Elephants and their diseases
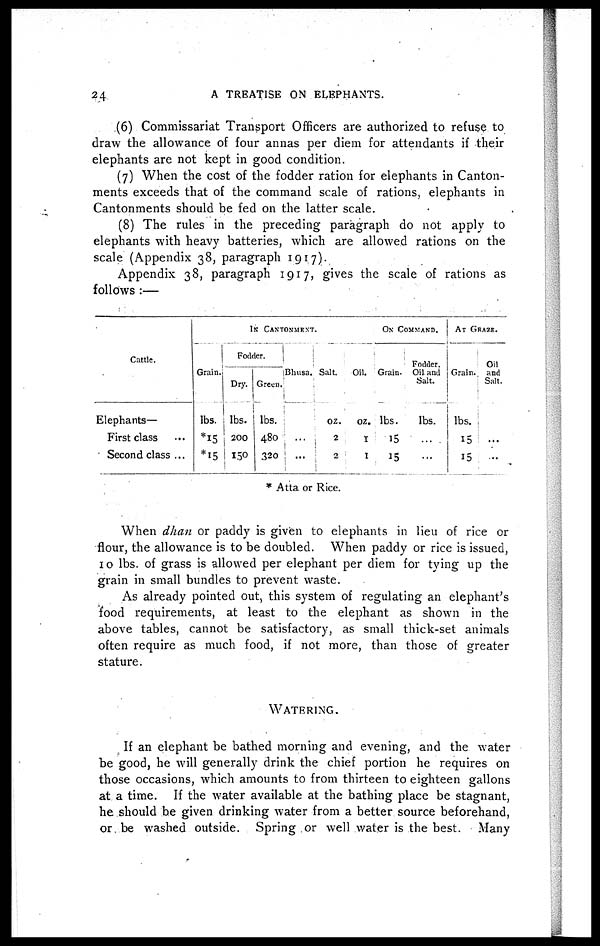
24
A TREATISE ON ELEPHANTS.
(6) Commissariat Transport Officers are authorized to refuse to
draw the allowance of four annas per diem for attendants if their
elephants are not kept in good condition.
(7) When the cost of the fodder ration for elephants in Canton-
ments exceeds that of the command scale of rations, elephants in
Cantonments should be fed on the latter scale.
(8) The rules in the preceding paragraph do not apply to
elephants with heavy batteries, which are allowed rations on the
scale (Appendix 38, paragraph 1917).
Appendix 38, paragraph 1917, gives the scale of rations as
follows :—
Cattle.
Elephants—
First class
Second class ...
IN CANTOMENT.
Grain.
lbs.
*15
*15
Fodder.
Dry.
lbs.
200
150
Green
lbs.
480
320
Bhusa.
....
...
Salt.
oz.
2
2
Oil.
oz.
1
1
ON COMMAND.
Fodder.
Grain.
lbs.
15
15
Oil and
Salt.
lbs.
....
...
AT GRAZE.
Grain.
lbs.
15
15
Oil
and
Salt.
...
...
* Atta or Rice.
When dhaii or paddy is given to elephants in lieu of rice or
flour, the allowance is to be doubled. When paddy or rice is issued,
10 lbs. of grass is allowed per elephant per diem for tying up the
grain in small bundles to prevent waste.
As already pointed out, this system of regulating an elephant's
food requirements, at least to the elephant as shown in the
above tables, cannot be satisfactory, as small thick-set animals
often require as much food, if not more, than those of greater
stature.
WATERING.
If an elephant be bathed morning and evening, and the water
be good, he will generally drink the chief portion he requires on
those occasions, which amounts to from thirteen to eighteen gallons
at a time. If the water available at the bathing place be stagnant,
he should be given drinking water from a better source beforehand,
or be washed outside. Spring or well water is the best. Many